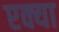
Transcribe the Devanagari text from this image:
एक्या